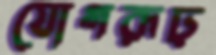
যোগরূঢ়